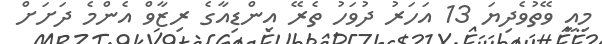
މިއީ ވޭތުވެދިޔަ 13 އަހަރު ދުވަހު ތެރޭ އިންޑިއާގެ ރިޒާވް އެންމެ ދަށަށް